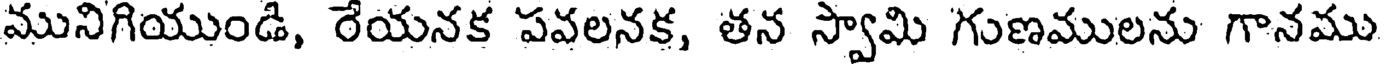
మునిగియుండి, రేయనక పవలనక, తన స్వామి గుణములను గానము